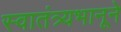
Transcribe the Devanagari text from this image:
स्वातंत्र्यभानूने